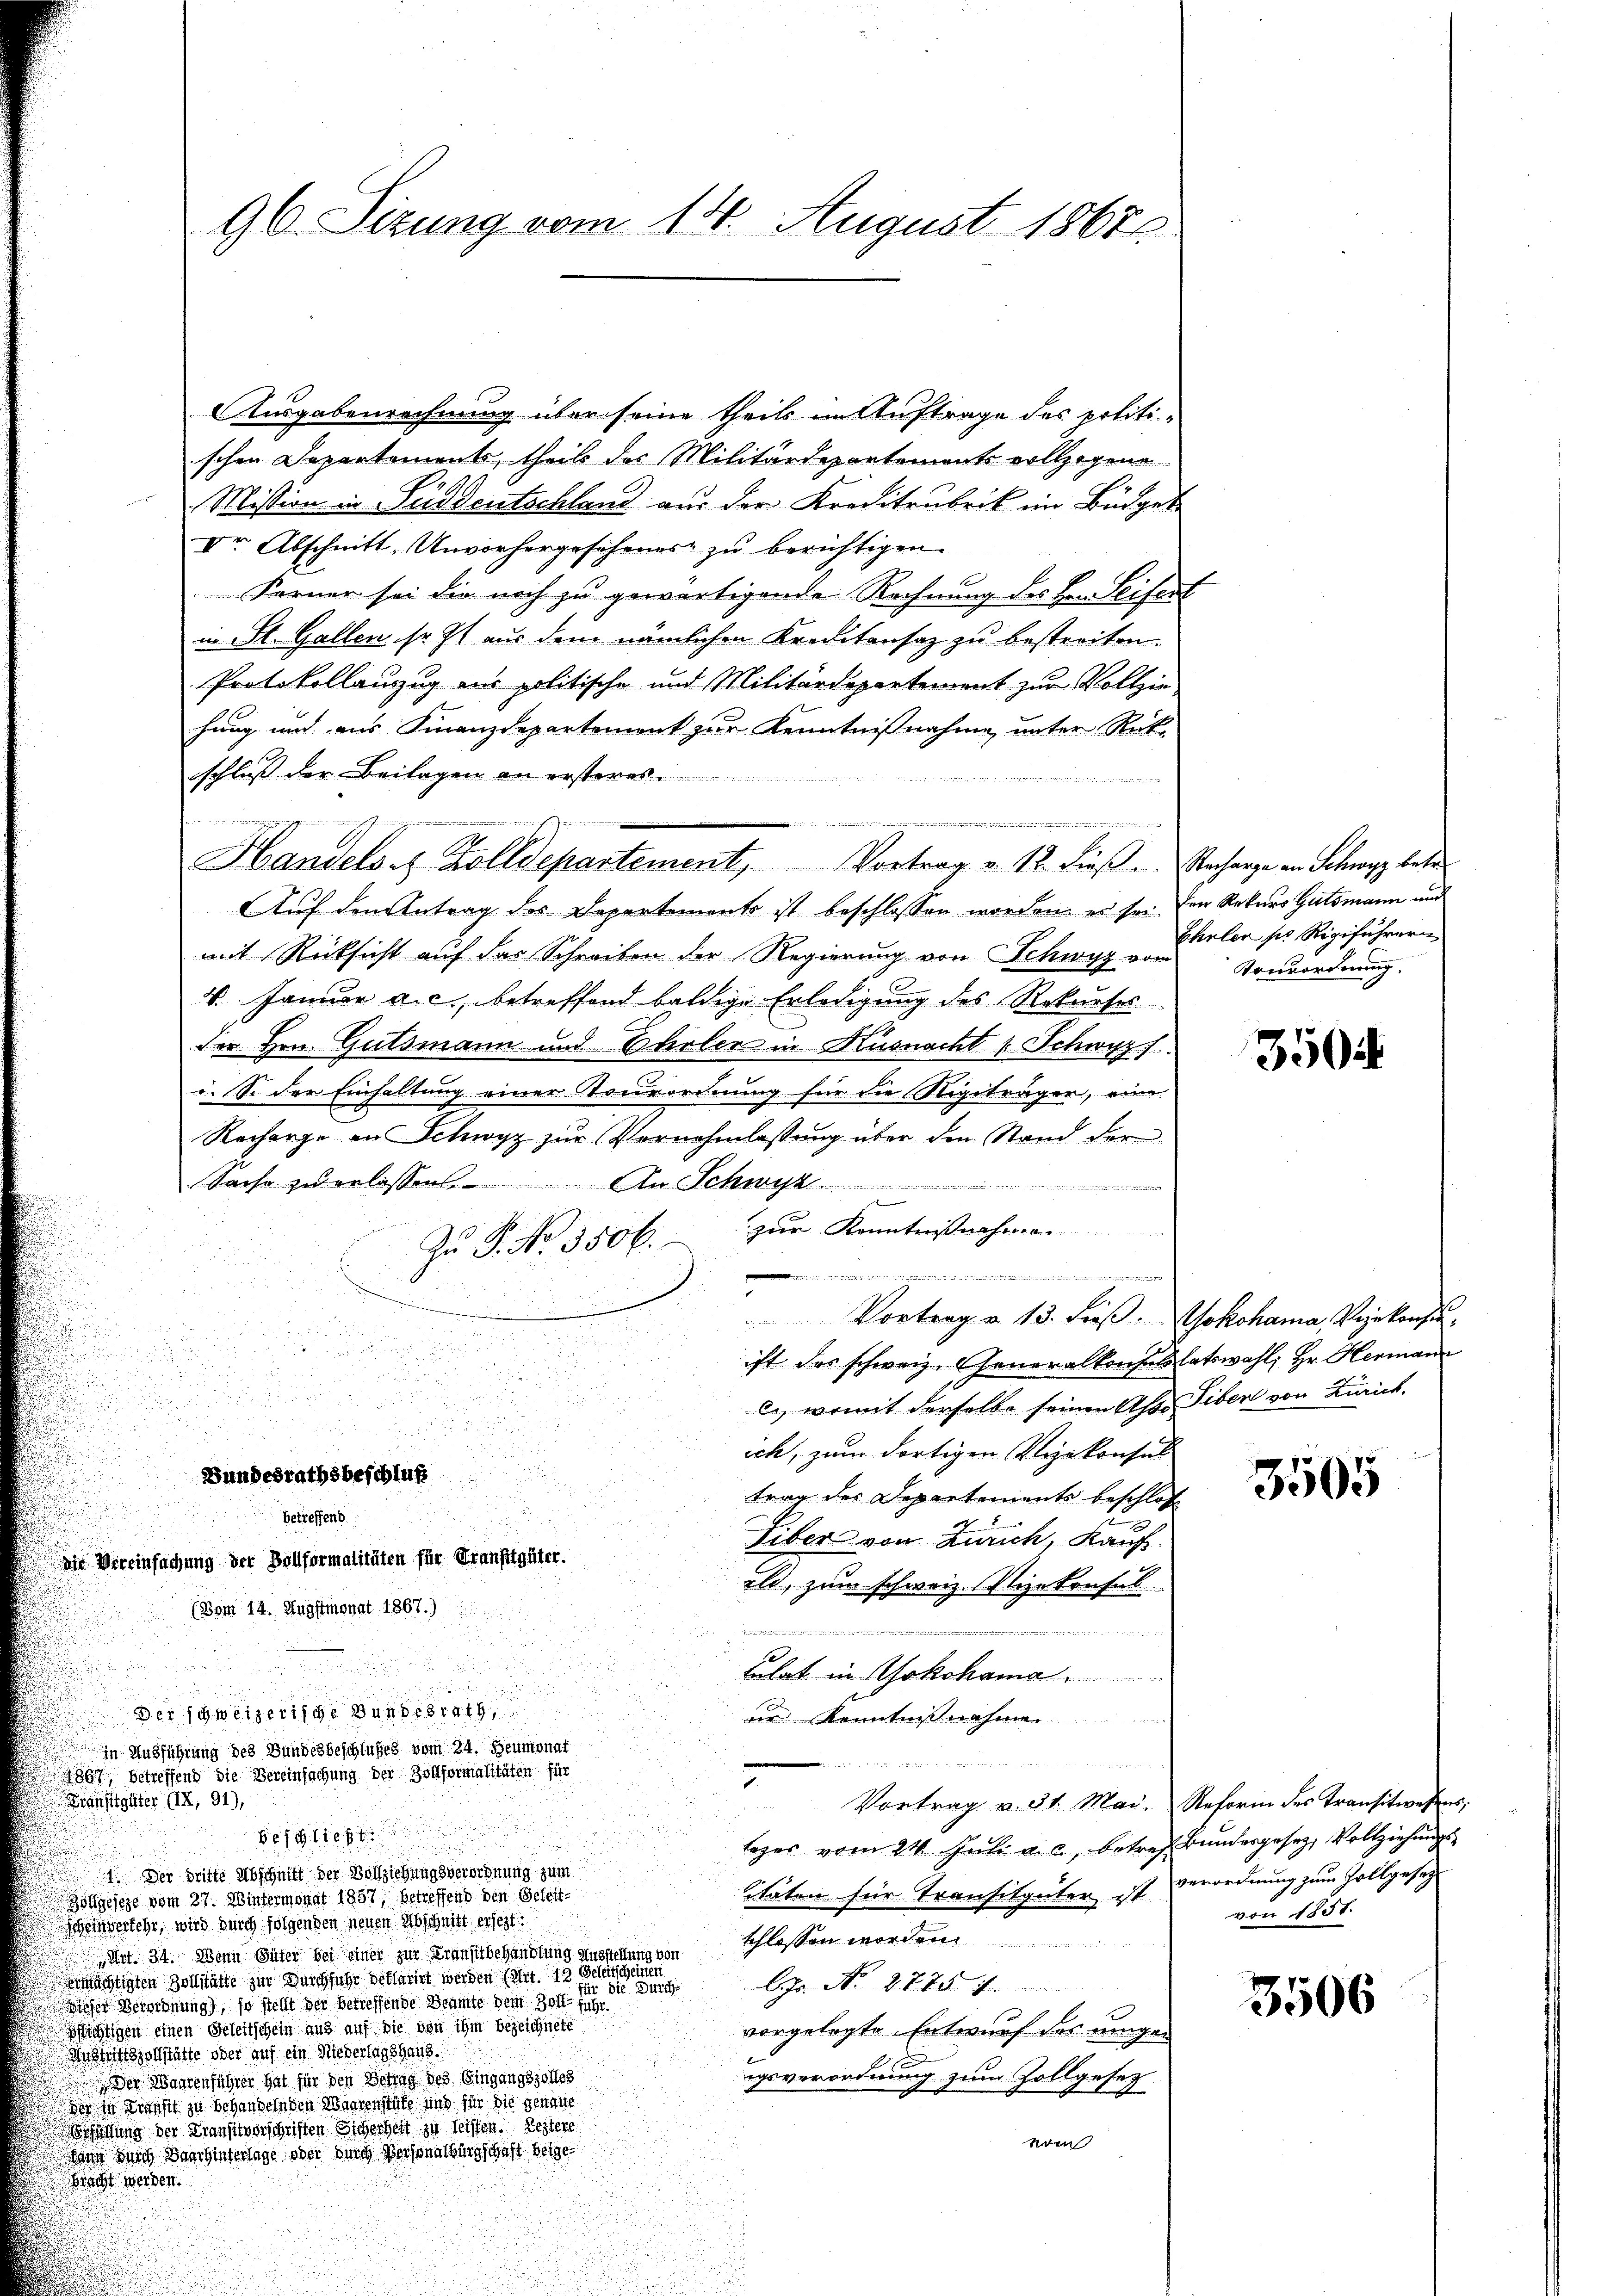
Ausgabenrechnung über seine theils im Auftrage des politischen Departements, theils des Militärdepartements vollzogene
Mission in Süddeutschland aus der Kreditanbrik im Büdget
Ver Abschnitt, Unvorhergesehenes zu berichtigen.
Ferner sei die noch zu gewärtigende Rechnung des Hrn. Leifert
in St. Gallen so st aus dem nämlichen Kreditansaz zu bestreiten.
Protokollanzug aus politische und Militärdepartement zur Vollziehung und aus Finanzdepartement zur Kenntnisnahme unter Rek
schluss der Beilagen an ersteres

Auf den Antrag des Departements ist beschlossen worden, es sei den Rekurs Gutsmann und
mit Rücksicht auf das Schreiben der Regierung von Schwyz vom
V. Januar a. c., betreffend baldige Erledigung des Rekurses
der Hrn. Gutsmann und Eheler in Küsnacht Schwyzf
u. S. der Einhaltung einer Tonsordnung für die Sigetragen, eine
Recharge an Schwyz zur Vernehmlassung über den Stand der
Sache zu erlassen.
An Schwyz
zur Kennt
Zu P. No. 3506.
i
Vortrag u. 13. dieß. Wokohama, Vizekonsu
.
ft das schweiz. Generalkonsultatswahl; Hr. Hermann
.
.

i
c., womit derselbe seinen Aste Tiber von Zürich.

u

ich, zum dortigen Vizekonsuls
5
Bundesrathsbeschluß

trag der Departements beschlos

betreffend
Liber von Zürich, Kauf
die Vereinfachung der Bollformalitäten für Transttgüter.
ild, zum schweiz. Vizekonsul
(Bom 14. Augstmonat 1867.)
 eiusschlich in die und die
Blat in Yokohama
Der schweizerische Bundesrath,
ur Kenntnißnahme
in Ausführung des Bundesbeschlußes vom 24. Heumonat
un

867, betreffend die Vereinfachung der Zollformalitäten für
Kränsttgüter (IX, 91),
Vortrag v. 31. Mai. Reform des Transitwesens,
Beschliest
lezes vom 24. Juli a. c. betref Bundesgesez Vollziehungs¬
1. Der dritte Abschnitt der Vollziehungsverordnung zum
itäten für Transitgüter ist verordnung zum Zollgesetz
Zollgeseze vom 27. Wintermonat 1857, betreffend den Geleit¬
Scheidersehr, wird durch folgenden neuen Abschnitt erseit
schlossen worden.
Mit. 34. Wenn Güter bei einer zur Krankt behandlung Ausstellung von
wächtigten Zollstätte zur Durchführ versammet werden sont es seine
Lhr. No. 2775

ieser Verordnung, so stellt der betreffende Beamte dem Zoll führ
ichtigen einen Beleitschein aus auf die von ihm bezeichnete
vorgelegte Entwurf des einge¬
Austrittszollstätte oder auf ein Niederlagshaus.
igsverordnung zum Zollgesez
 Der Mantenführer hat für den Betrag des Eingangszolleg
dir in Transit zu behandelnden Mangenstäte und für die genaue
attung der Transitvorschriften Sicherheit zu leisten. Leztere
nom
ane mich der hinterlage oder durch Versonaltungschaft beige
Macht werden.

96. Sizung vom 14. August 1865

Handels- & Zolldepartement, Vortrag v. 12. Lieβ.  Recharge in Schwyz betr

einen werden und

Ehrler ses Rigiführern
Vonsordnung

350

3505

von 1831.

3506